Civil Veterinary Department Bihar & Orissa reports 1922-29 - 1922-1929
Year: 1922
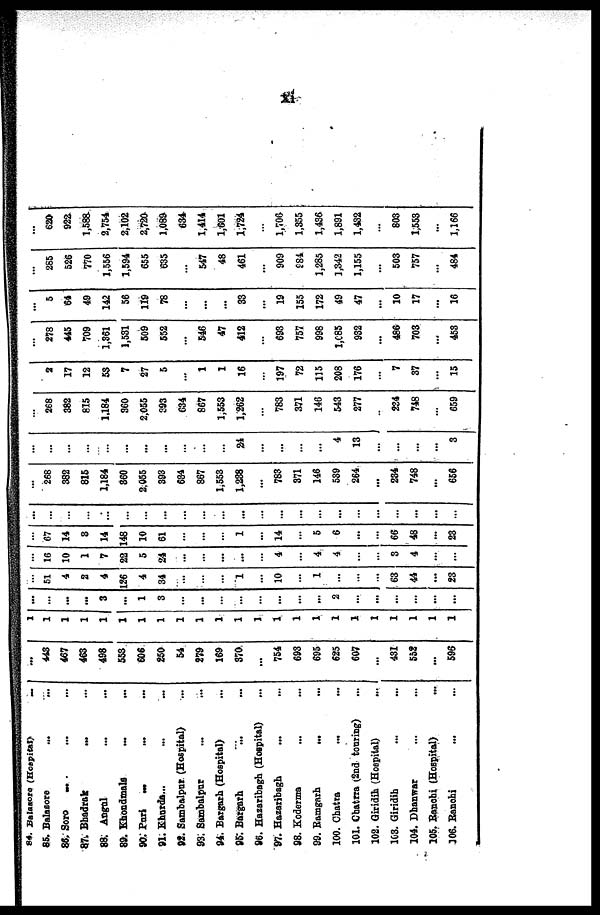
84. Balasoro (Hospital)
—
85. Balneore
88, Soro
~
87. Bbadrak
88. Angul
89. Khondmalfl
90. Pari
~
91. Khords...
92. Sambalpu* (Hospital)
93. Sambalpnr
94. Bargarh (Hospital)
95; Bargarh
96. Hazaribagh (Hospital)
97. Hazaribagh
98. Koderma
99. Eamgarh
100. Cbatra
101. Cbatrra (.2nd tonrisg)
102. Giridih (Hospital)
103. Giridih
104. Dhanwar
105. Bancbi (Hospital)
106. Banohi
...
443
467
463
498
553
606
250
54
279
169
370
...
754
693
695
625
607
...
431
552
...
596
1
1
1
1
1
1
1
1
1
1
1
1
1
1
1
1
1
1
1
1
1
1
1
...
...
...
...
3
...
1
3
...
...
...
...
...
...
...
...
2
...
...
...
...
...
...
...
51
4
2
4
126
4
34
...
...
...
1
...
10
1
...
...
...
63
44
...
23
...
16
10
1
7
22
5
24
...
...
...
...
...
4
4
4
...
3
4
...
...
...
67
14
3
14
148
10
61
...
...
...
1
...
14
5
6
...
...
66
48
...
23
...
...
...
...
...
...
...
...
...
...
...
...
...
...
...
...
...
...
...
...
...
268
382
815
1,184
860
2,055
393
684
867
1,553
1,238
...
783
371
146
539
264
...
234
748
...
656
...
...
...
...
...
...
...
...
24
...
...
...
...
4
13
...
...
...
...
3
...
268
382
815
1.184
360
2,055
893
634
867
1,553
1,262
783
371
146
543
277
..
234
748
...
659
...
2
17
12
53
7
27
5
...
1
1
16
197
72
115
208
176
...
7
37
...
15
...
278
445
709
1,361
1,531
509
552
...
546
47
412
693
757
998
1,C85
932
...
486
703
...
453
...
5
64
49
142
56
119
78
...
...
...
33
...
19
155
172
49
47
...
10
17
...
16
...
285
526
770
1,556
1,594
655
635
...
547
48
461
...
909
984
1,285
1,342
1,155
...
503
757
...
484
...
620
922
1,588
2,754
2,102
2,72a
1,089
634
1,414
1,601
1,724
1,706
1,355
1,436
1,891
1,432
803
1,553
...
1,166